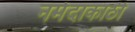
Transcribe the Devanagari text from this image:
नर्मदाकाठी